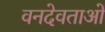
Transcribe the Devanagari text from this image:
वनदेवताओं